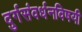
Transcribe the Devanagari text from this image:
दुर्गसंवर्धनविषयी